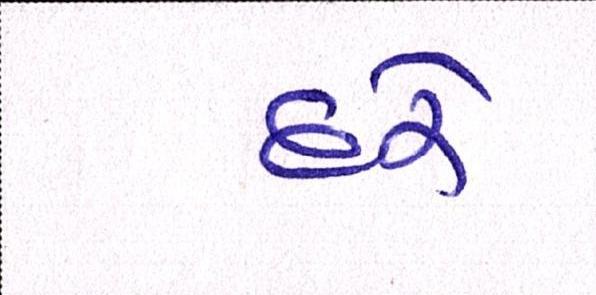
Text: દરે